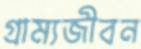
গ্রাম্যজীবন